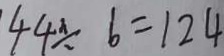
4 4 \div b = 1 2 4